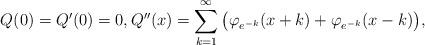
LaTeX: \begin{align*} Q(0) = Q'(0) = 0, Q''(x) = \sum_{k = 1}^\infty \big( \varphi_{e^{-k}} (x + k) + \varphi_{e^{-k}} (x - k) \big),\end{align*}